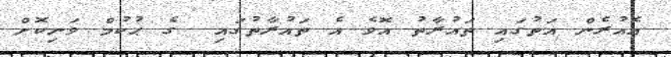
އެއުރެން އަތުގައި ތައުރާތު އޮވެ އެ ތައުރާތުގައި  ގެ ޙުކުމް ވަނިކޮށް